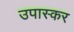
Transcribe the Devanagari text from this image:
उपास्कर